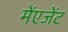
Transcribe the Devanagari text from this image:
मेंएजेंट